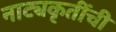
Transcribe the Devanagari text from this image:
नाट्यकृतींची